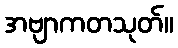
အဗျာကတသုတ်။